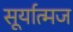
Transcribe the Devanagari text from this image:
सूर्यात्मज